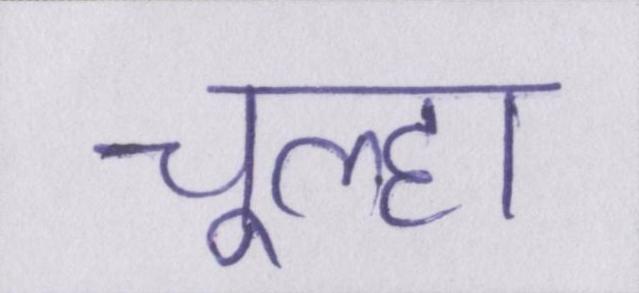
चूल्हा